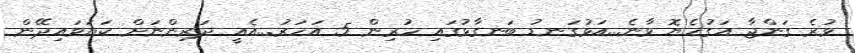
ވުރެ ގަންޖާ އަގުހެޔޮ ވާނެ...އަޅުގަނޑު ބަނގާޅުގައި ހުރިން 5 އަހަރު...އެއީ ދަރިންނަށް ކަޔަވައިދޭން